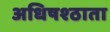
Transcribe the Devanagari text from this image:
अधिषश्ठाता